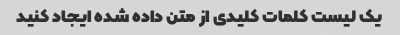
یک لیست کلمات کلیدی از متن داده شده ایجاد کنید